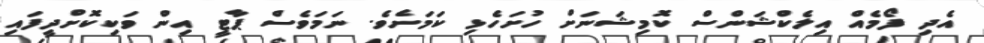
އެދި ފޯމެއް އިލެކްޝަންސް ކޮމިޝަނަށް ހުށަހެޅި ކަމަށެވެ. ނަމަވެސް ޕާޓީ އިން ވަކިކޮށްދީފައި